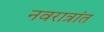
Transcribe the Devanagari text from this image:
नवरात्रांत